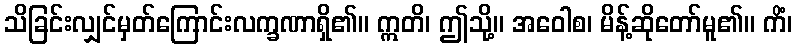
သိခြင်းလျှင်မှတ်ကြောင်းလက္ခဏာရှိ၏။ ဣတိ၊ ဤသို့။ အဝေါစ၊ မိန့်ဆိုတော်မူ၏။ ကိံ၊